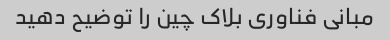
مبانی فناوری بلاک چین را توضیح دهید